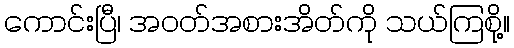
ကောင်းပြီ၊ အဝတ်အစားအိတ်ကို သယ်ကြစို့။